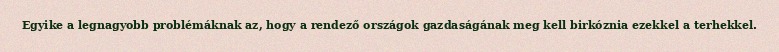
Egyike a legnagyobb problémáknak az, hogy a rendező országok gazdaságának meg kell birkóznia ezekkel a terhekkel.